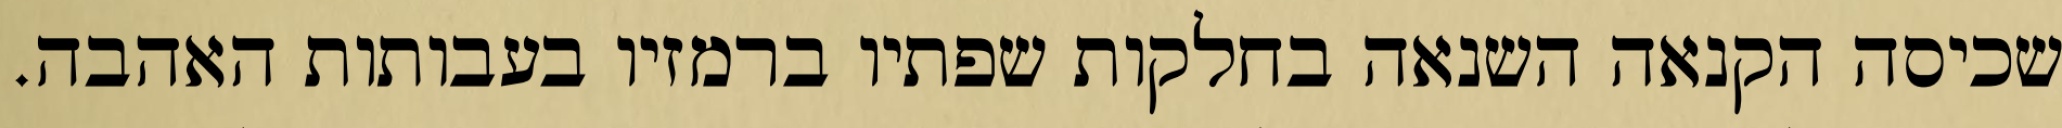
שכיסה הקנאה השנאה בחלקות שפתיו ברמזיו בעבותות האהבה.